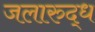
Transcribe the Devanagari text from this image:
जलारुद्ध